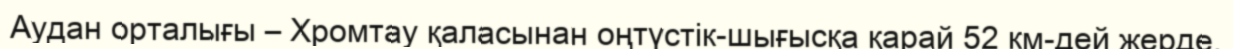
Аудан орталығы – Хромтау қаласынан оңтүстік-шығысқа қарай 52 км-дей жерде.